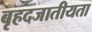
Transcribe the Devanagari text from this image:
बृहदजातीयता